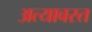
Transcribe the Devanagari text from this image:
अत्यावस्त